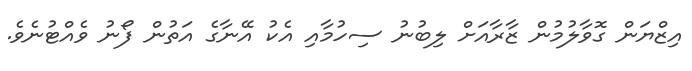
އިޒްޔަން ގޮވާލުމުން ޒާރާއަށް ލިބުނު ސިހުމާއި އެކު އޭނާގެ އަތުން ފޯނު ވެއްޓުނެވެ.